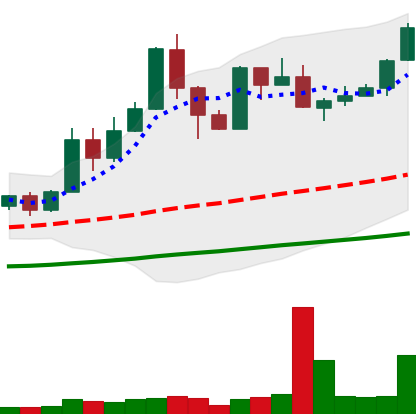
Ticker: XMR-USD
Chart end date: 2019-05-27
Forward return: -5.101%
Label: down_5_7